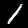
Digit: 1